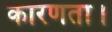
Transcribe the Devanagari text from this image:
कारणता।